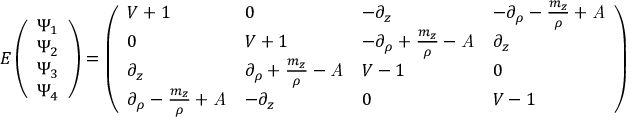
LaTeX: E \left( \begin{array} { l } { { { \Psi _ { 1 } } } } \\ { { { \Psi _ { 2 } } } } \\ { { { \Psi _ { 3 } } } } \\ { { { \Psi _ { 4 } } } } \end{array} \right) = \left( \begin{array} { l l l l } { { V + 1 } } & { { 0 } } & { { - \partial _ { z } } } & { { - \partial _ { \rho } - { \frac { m _ { z } } { \rho } } + \it { A } } } \\ { { 0 } } & { { V + 1 } } & { { - \partial _ { \rho } + { \frac { m _ { z } } { \rho } } - \it { A } } } & { { \partial _ { z } } } \\ { { \partial _ { z } } } & { { \partial _ { \rho } + { \frac { m _ { z } } { \rho } } - \it { A } } } & { { V - 1 } } & { { 0 } } \\ { { \partial _ { \rho } - { \frac { m _ { z } } { \rho } } + \it { A } } } & { { - \partial _ { z } } } & { { 0 } } & { { V - 1 } } \end{array} \right) \left( \begin{array} { l } { { { \Psi _ { 1 } } } } \\ { { { \Psi _ { 2 } } } } \\ { { { \Psi _ { 3 } } } } \\ { { { \Psi _ { 4 } } } } \end{array} \right) .